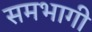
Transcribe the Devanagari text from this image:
समभागी